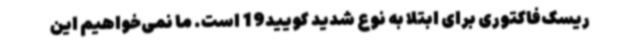
ریسک‌فاکتوری برای ابتلا به نوع شدید کویید19 است. ما نمی‌خواهیم این